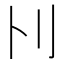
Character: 𠚩